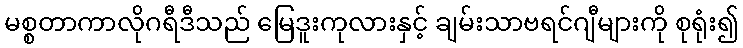
မစ္စတာကာလိုဂရီဒီသည် မြေဒူးကုလားနှင့် ချမ်းသာဗရင်ဂျီများကို စုရုံး၍